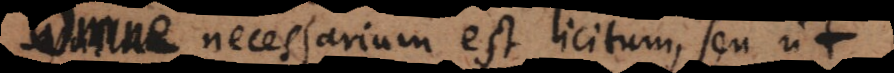
Omne necessarium est licitum, seu ut